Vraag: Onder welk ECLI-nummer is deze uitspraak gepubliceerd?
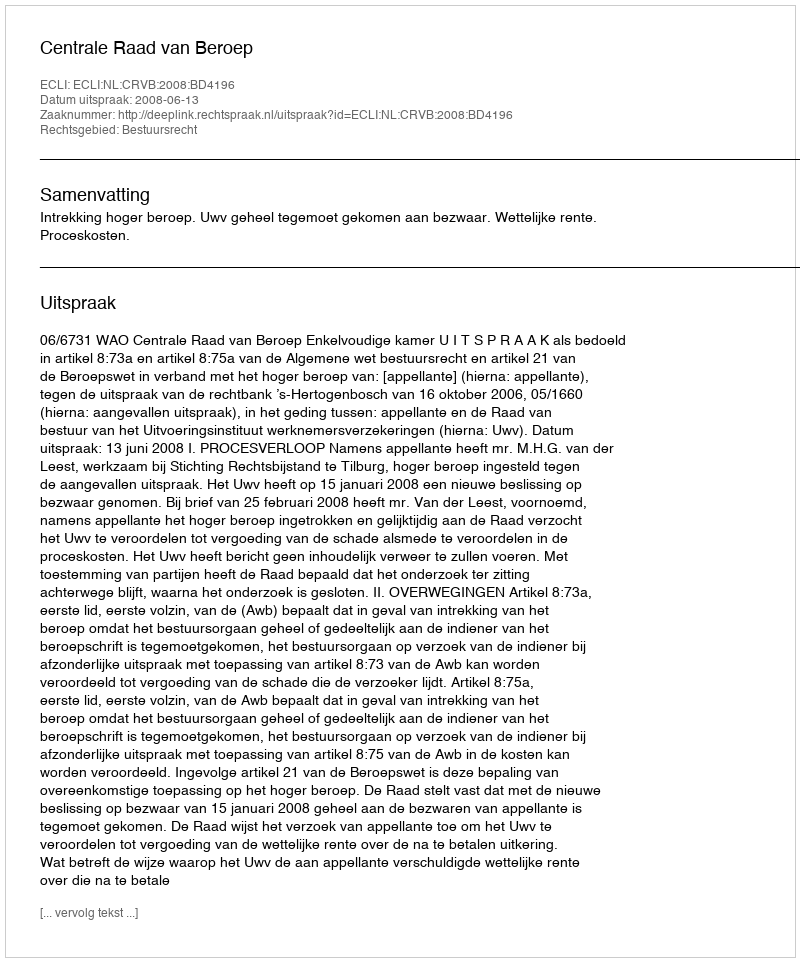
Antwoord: ECLI:NL:CRVB:2008:BD4196